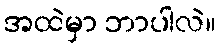
အထဲမှာ ဘာပါလဲ။